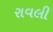
રાવલી